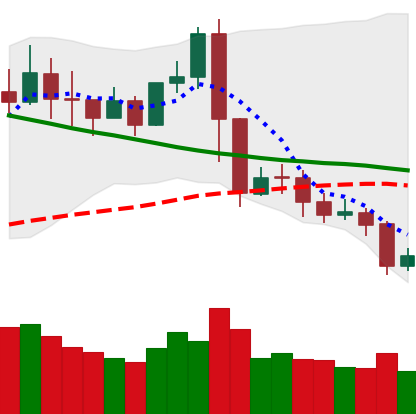
Ticker: XRP-USD
Chart end date: 2019-11-16
Forward return: -7.624%
Label: down_7plus